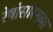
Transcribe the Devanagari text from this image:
रेषांसारख्या